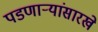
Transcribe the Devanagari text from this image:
पडणाऱ्यांसारखे